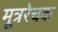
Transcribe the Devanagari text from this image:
मूत्ररेचक